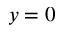
y = 0